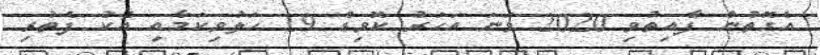
އެގޮތުން ފާއިތުވި 2020 ވަނަ އަހަރު ކޮވިޑް 19 ހަލުވިކަމާއި އެކު ފެތުރި